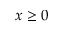
x \geq 0